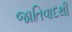
જાતિવાદથી